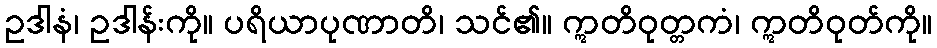
ဥဒါနံ၊ ဥဒါန်းကို။ ပရိယာပုဏာတိ၊ သင်၏။ ဣတိဝုတ္တကံ၊ ဣတိဝုတ်ကို။